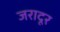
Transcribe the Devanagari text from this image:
जरादूर